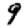
Digit: 9